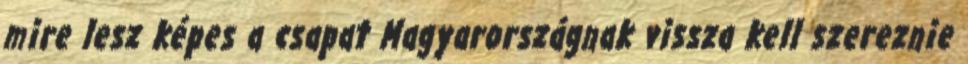
mire lesz képes a csapat Magyarországnak vissza kell szereznie